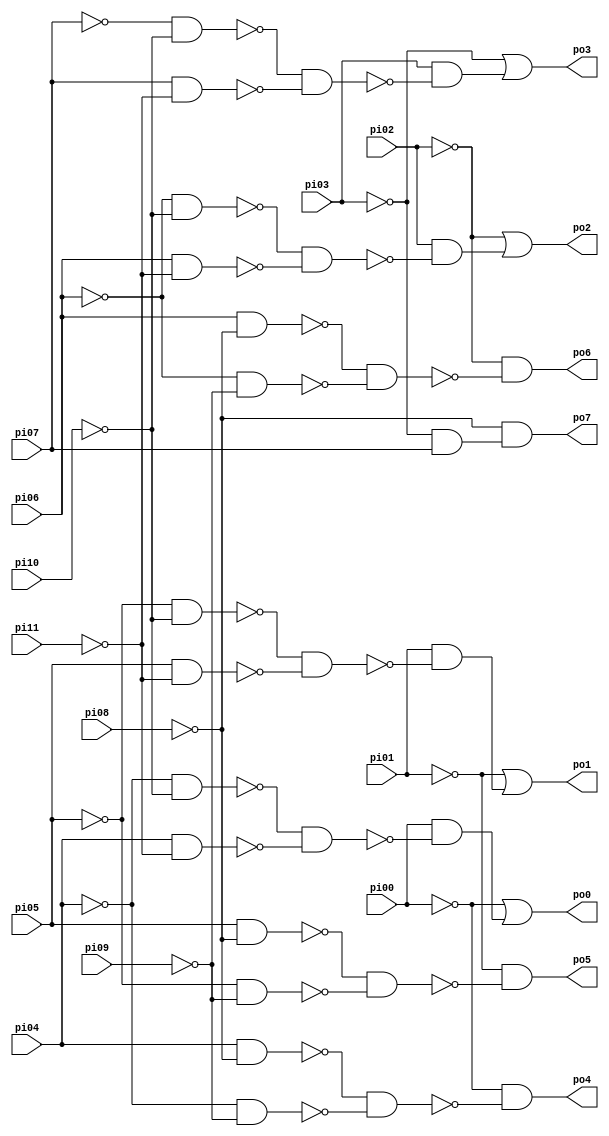
// Benchmark "alu1_split" written by ABC on Tue Nov 21 00:27:51 2017

module alu1_split ( 
    pi00, pi01, pi02, pi03, pi04, pi05, pi06, pi07, pi08, pi09, pi10, pi11,
    po0, po1, po2, po3, po4, po5, po6, po7 );
  input  pi00, pi01, pi02, pi03, pi04, pi05, pi06, pi07, pi08, pi09,
    pi10, pi11;
  output po0, po1, po2, po3, po4, po5, po6, po7;
  wire n21, n22, n23, n24, n26, n27, n28, n29, n31, n32, n33, n34, n36, n37,
    n38, n39, n41, n42, n43, n45, n46, n47, n49, n50, n51, n53;
  assign n21 = ~pi04 & ~pi10;
  assign n22 = pi04 & ~pi11;
  assign n23 = ~n21 & ~n22;
  assign n24 = pi00 & ~n23;
  assign po0 = ~pi00 | n24;
  assign n26 = ~pi05 & ~pi10;
  assign n27 = pi05 & ~pi11;
  assign n28 = ~n26 & ~n27;
  assign n29 = pi01 & ~n28;
  assign po1 = ~pi01 | n29;
  assign n31 = ~pi06 & ~pi10;
  assign n32 = pi06 & ~pi11;
  assign n33 = ~n31 & ~n32;
  assign n34 = pi02 & ~n33;
  assign po2 = ~pi02 | n34;
  assign n36 = ~pi07 & ~pi10;
  assign n37 = pi07 & ~pi11;
  assign n38 = ~n36 & ~n37;
  assign n39 = pi03 & ~n38;
  assign po3 = ~pi03 | n39;
  assign n41 = pi04 & ~pi08;
  assign n42 = ~pi04 & ~pi09;
  assign n43 = ~n41 & ~n42;
  assign po4 = ~pi00 & ~n43;
  assign n45 = pi05 & ~pi08;
  assign n46 = ~pi05 & ~pi09;
  assign n47 = ~n45 & ~n46;
  assign po5 = ~pi01 & ~n47;
  assign n49 = pi06 & ~pi08;
  assign n50 = ~pi06 & ~pi09;
  assign n51 = ~n49 & ~n50;
  assign po6 = ~pi02 & ~n51;
  assign n53 = ~pi03 & pi07;
  assign po7 = ~pi08 & n53;
endmodule